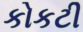
કોકટી